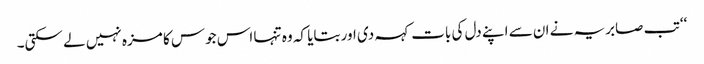
‘‘ تب صابریہ نے ان سے اپنے دل کی بات کہہ دی اور بتایا کہ وہ تنہا اس جوس کا مزہ نہیں لے سکتی۔